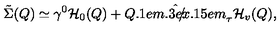
\tilde { \Sigma } ( Q ) \simeq \gamma ^ { 0 } { \cal H } _ { 0 } ( Q ) + \hat { { Q \kern - 0 . 1 e m \raise 0 . 3 e x \llap { / } \kern 0 . 1 5 e m \relax } } _ { \tau } { \cal H } _ { v } ( Q ) ,